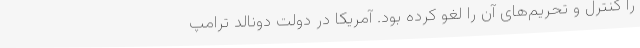
را کنترل و تحریم‌های آن را لغو کرده بود. آمریکا در دولت دونالد ترامپ